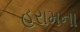
હરામના